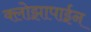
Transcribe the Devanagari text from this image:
क्लोझापाईन